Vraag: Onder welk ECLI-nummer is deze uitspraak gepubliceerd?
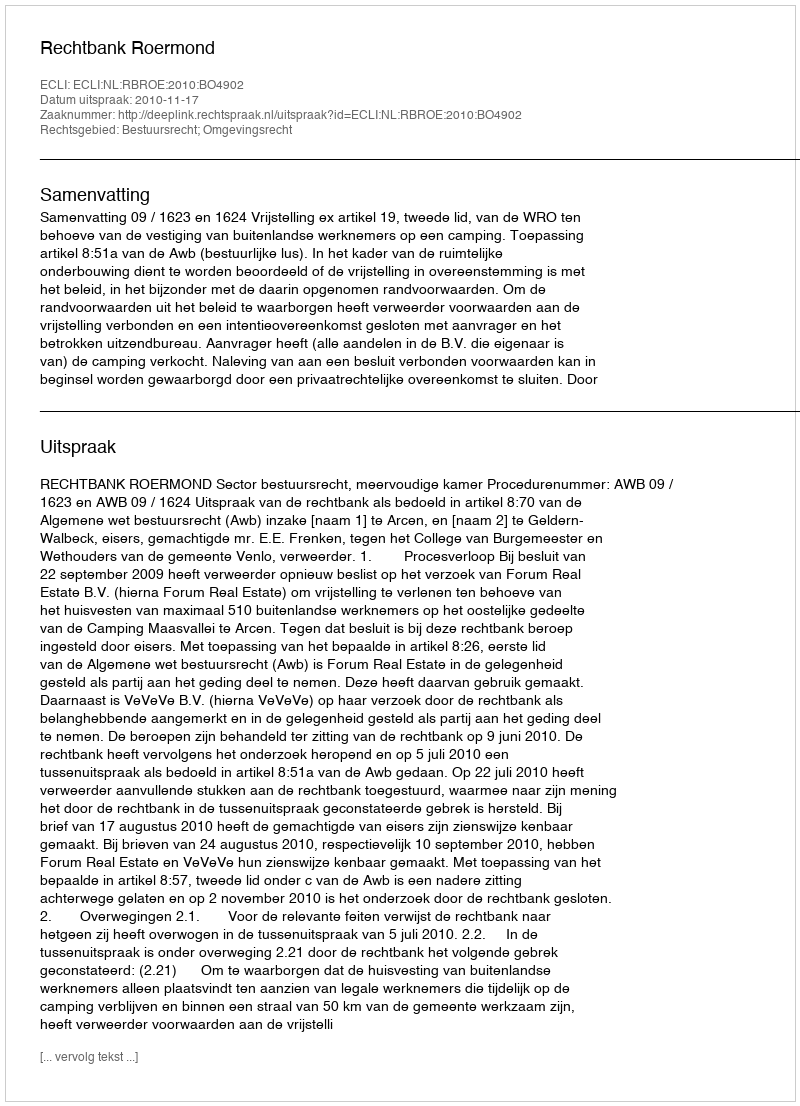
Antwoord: ECLI:NL:RBROE:2010:BO4902